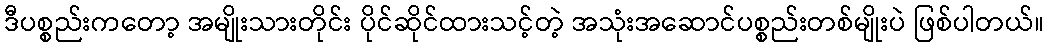
ဒီပစ္စည်းကတော့ အမျိုးသားတိုင်း ပိုင်ဆိုင်ထားသင့်တဲ့ အသုံးအဆောင်ပစ္စည်းတစ်မျိုးပဲ ဖြစ်ပါတယ်။